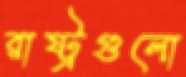
রাষ্ট্রগুলো